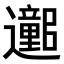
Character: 𫑕